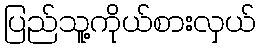
ပြည်သူ့ကိုယ်စားလှယ်